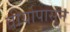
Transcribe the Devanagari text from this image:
वीर्यापासून